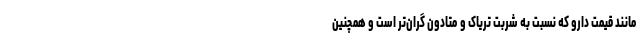
مانند قیمت دارو که نسبت به شربت تریاک و متادون گران‌تر است و همچنین